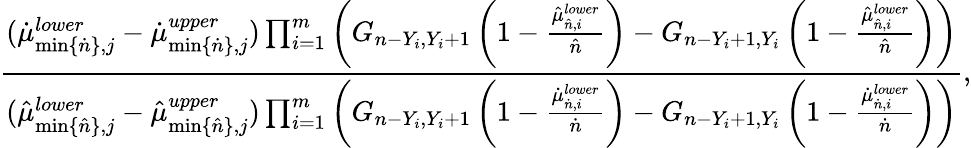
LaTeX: \frac{(\dot{\mu}_{\operatorname*{min}\{ \dot{n}\} ,j}^{lower}-\dot{\mu}_{\operatorname*{min}\{ \dot{n}\} ,j}^{upper})\prod_{i=1}^{m}\left(G_{n-Y_{i},Y_{i}+1}\left(1-\frac{\hat{\mu}_{\hat{n},i}^{lower}}{\hat{n}}\right)-G_{n-Y_{i}+1,Y_{i}}\left(1-\frac{\hat{\mu}_{\hat{n},i}^{lower}}{\hat{n}}\right)\right)}{(\hat{\mu}_{\operatorname*{min}\{ \hat{n}\} ,j}^{lower}-\hat{\mu}_{\operatorname*{min}\{ \hat{n}\} ,j}^{upper})\prod_{i=1}^{m}\left(G_{n-Y_{i},Y_{i}+1}\left(1-\frac{\dot{\mu}_{\dot{n},i}^{lower}}{\dot{n}}\right)-G_{n-Y_{i}+1,Y_{i}}\left(1-\frac{\dot{\mu}_{\dot{n},i}^{lower}}{\dot{n}}\right)\right)},